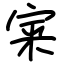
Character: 宷